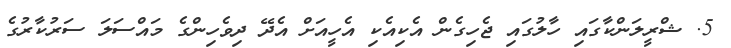
5. ޝްރީލަންކާގައި ހާލުގައި ޖެހިގެން އެކިއެކި އެހީއަށް އެދޭ ދިވެހިންގެ މައްސަލަ ސަރުކާރުގެ